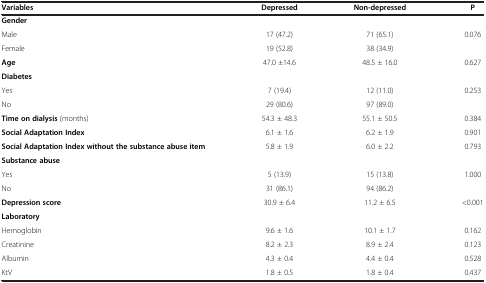
<table><thead><tr><td><b>Variables</b></td><td><b>Depressed</b></td><td><b>Non-depressed</b></td><td><b>P</b></td></tr></thead><tbody><tr><td><b>Gender</b></td><td> </td><td> </td><td> </td></tr><tr><td>Male</td><td>17 (47.2)</td><td>71 (65.1)</td><td>0.076</td></tr><tr><td>Female</td><td>19 (52.8)</td><td>38 (34.9)</td><td> </td></tr><tr><td><b>Age</b></td><td>47.0 ±14.6</td><td>48.5 ± 16.0</td><td>0.627</td></tr><tr><td><b>Diabetes</b></td><td> </td><td> </td><td> </td></tr><tr><td>Yes</td><td>7 (19.4)</td><td>12 (11.0)</td><td>0.253</td></tr><tr><td>No</td><td>29 (80.6)</td><td>97 (89.0)</td><td> </td></tr><tr><td><b>Time on dialysis</b> (months)</td><td>54.3 ± 48.3</td><td>55.1 ± 50.5</td><td>0.384</td></tr><tr><td><b>Social Adaptation Index</b></td><td>6.1 ± 1.6</td><td>6.2 ± 1.9</td><td>0.901</td></tr><tr><td><b>Social Adaptation Index without the substance abuse item</b></td><td>5.8 ± 1.9</td><td>6.0 ± 2.2</td><td>0.793</td></tr><tr><td><b>Substance abuse</b></td><td> </td><td> </td><td> </td></tr><tr><td>Yes</td><td>5 (13.9)</td><td>15 (13.8)</td><td>1.000</td></tr><tr><td>No</td><td>31 (86.1)</td><td>94 (86.2)</td><td> </td></tr><tr><td><b>Depression score</b></td><td>30.9 ± 6.4</td><td>11.2 ± 6.5</td><td>&lt;0.001</td></tr><tr><td><b>Laboratory</b></td><td> </td><td> </td><td> </td></tr><tr><td>Hemoglobin</td><td>9.6 ± 1.6</td><td>10.1 ± 1.7</td><td>0.162</td></tr><tr><td>Creatinine</td><td>8.2 ± 2.3</td><td>8.9 ± 2.4</td><td>0.123</td></tr><tr><td>Albumin</td><td>4.3 ± 0.4</td><td>4.4 ± 0.4</td><td>0.528</td></tr><tr><td>KtV</td><td>1.8 ± 0.5</td><td>1.8 ± 0.4</td><td>0.437</td></tr></tbody></table>